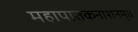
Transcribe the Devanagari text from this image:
महापातकनाशनम्‌॥